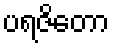
ပရဇိတော